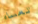
تعساء